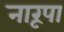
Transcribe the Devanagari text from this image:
नारूपा